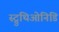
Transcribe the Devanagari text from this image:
स्ट्रुथिओनिडि